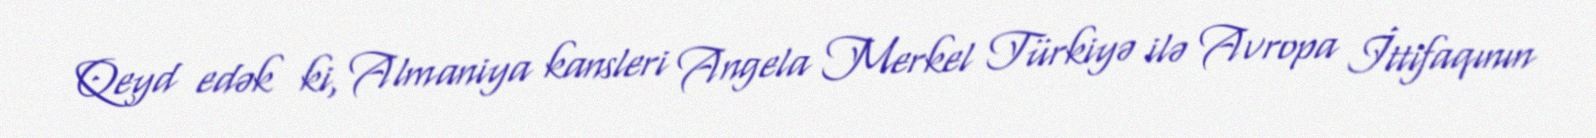
Qeyd edək ki, Almaniya kansleri Angela Merkel Türkiyə ilə Avropa İttifaqının